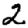
Digit: 2